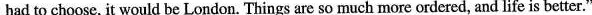
had to choose, it would be London. Things are so much more ordered, and life is better."